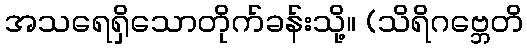
အသရေရှိသောတိုက်ခန်းသို့။ (သိရိဂဗ္ဘေတိ